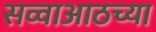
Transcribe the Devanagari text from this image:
सव्वाआठच्या